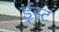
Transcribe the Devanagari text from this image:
ई्स्ट